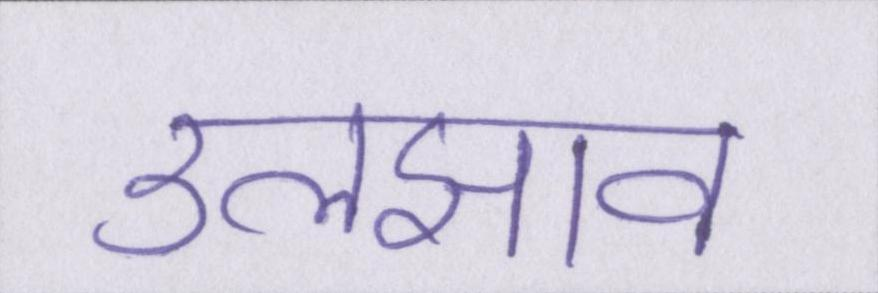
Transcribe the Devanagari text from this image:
उलझाव